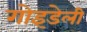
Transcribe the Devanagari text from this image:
गोइडेली